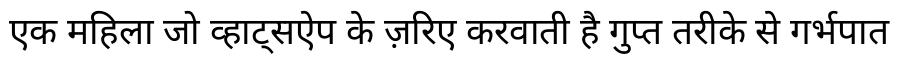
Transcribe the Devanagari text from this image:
एक महिला जो व्हाट्सऐप के ज़रिए करवाती है गुप्त तरीके से गर्भपात